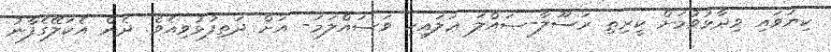
ކިޔަވައި ވިދާޅުވުމަށް ކީރިތި ރަސޫލާ-ޞައްލަ ޢަލައިހި ވަސައްލަމަ- އަށް ދަތިފުޅުވިއެވެ. ދެން އެކަލޭގެފާނު